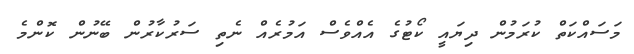
މަސައްކަތް ކުރަމުން ދިޔައީ ކޯޓުގެ އެއްވެސް އަމުރެއް ނެތި ސަރުކާރުން ބޭނުން ކޮންމެ